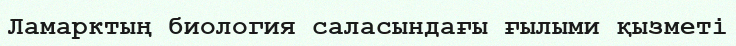
Ламарктың биология саласындағы ғылыми қызметі